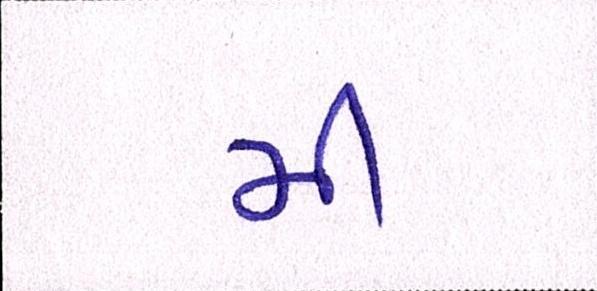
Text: મી